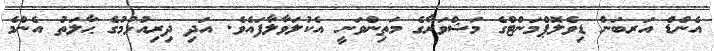
އެންޑް އަރބަން ޑިވެލޮޕްމަންޓްގެ މަޝްވަރާގެ މަތިންވަނީ އެކުލަވާލާފައެވެ. އަދި ދިރިއުޅުމުގެ ޙާލަތު އެންމެ